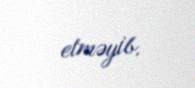
etməyib.